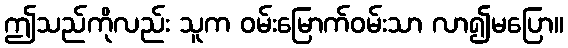
ဤသည်ကိုလည်း သူက ဝမ်းမြောက်ဝမ်းသာ လာ၍မပြော။